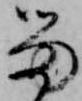
留